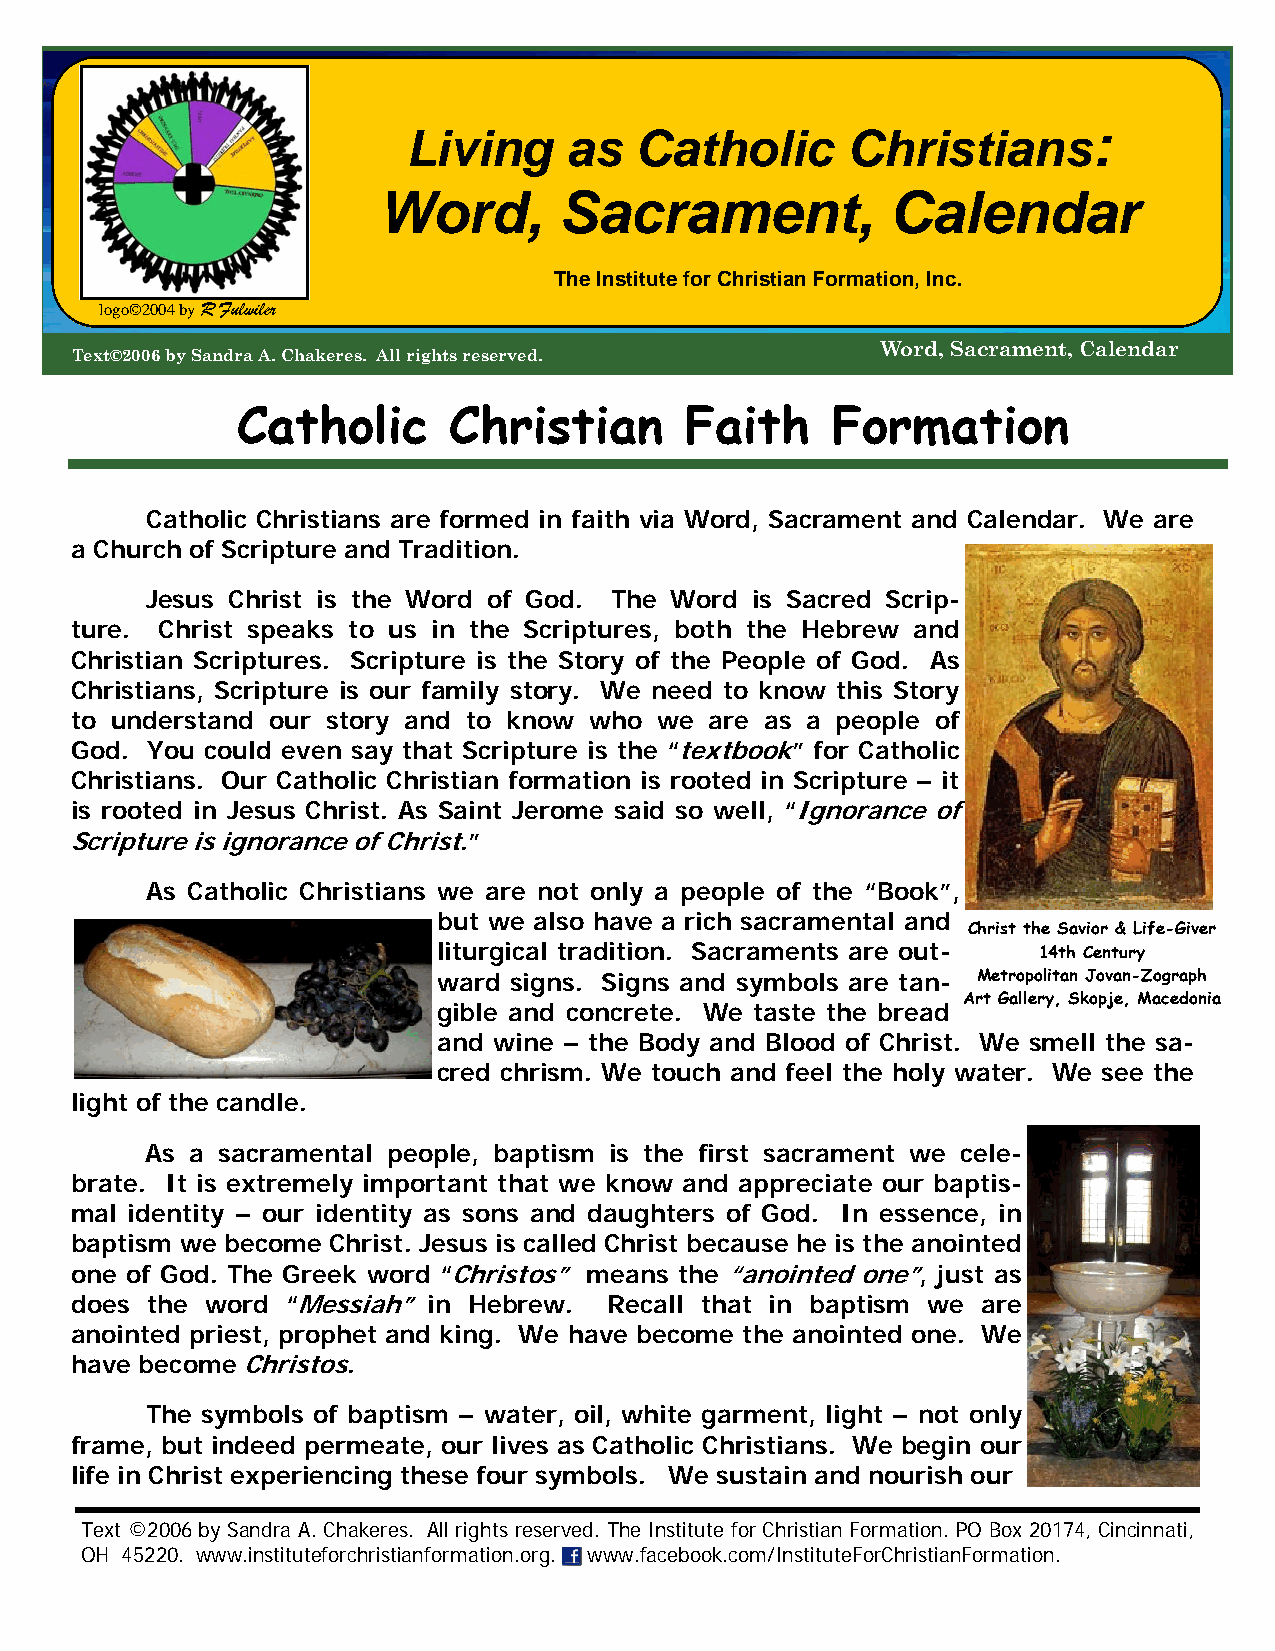
:
 Living     as  Catholic      Christians
 Word,       Sacrament,            Calendar
 The Institute for Christian Formation, Inc.
 logo©2004 by R Fulwiler
 Word, Sacrament, Calendar
 Text©2006 by Sandra A. Chakeres. All rights reserved.
 Catholic      Christian      Faith     Formation
 Catholic Christians are formed in faith via Word, Sacrament and Calendar. We are
 a Church of Scripture and Tradition.
 Jesus Christ is the Word of God. The Word is Sacred Scrip-
 ture. Christ speaks to us in the Scriptures, both the Hebrew and
 Christian Scriptures. Scripture is the Story of the People of God. As
 Christians, Scripture is our family story. We need to know this Story
 to understand our story and to know who we are as a people of
 God. You could even say that Scripture is the “textbook” for Catholic
 Christians. Our Catholic Christian formation is rooted in Scripture – it
 is rooted in Jesus Christ. As Saint Jerome said so well, “Ignorance of
 Scripture is ignorance of Christ.”
 As Catholic Christians we are not only a people of the “Book”,
 but we also have a rich sacramental and
 Christ the Savior & Life-Giver
 liturgical tradition. Sacraments are out- 14th Century
 ward signs. Signs and symbols are tan- Metropolitan Jovan-Zograph
 Art Gallery, Skopje, Macedonia
 gible and concrete. We taste the bread
 and wine – the Body and Blood of Christ. We smell the sa-
 cred chrism. We touch and feel the holy water. We see the
 light of the candle.
 As a sacramental people, baptism is the first sacrament we cele-
 brate. It is extremely important that we know and appreciate our baptis-
 mal identity – our identity as sons and daughters of God. In essence, in
 baptism we become Christ. Jesus is called Christ because he is the anointed
 one of God. The Greek word “Christos” means the “anointed one”, just as
 does the word “Messiah” in Hebrew. Recall that in baptism we are
 anointed priest, prophet and king. We have become the anointed one. We
 have become Christos.
 The symbols of baptism – water, oil, white garment, light – not only
 frame, but indeed permeate, our lives as Catholic Christians. We begin our
 life in Christ experiencing these four symbols. We sustain and nourish our
 Text ©2006 by Sandra A. Chakeres. All rights reserved. The Institute for Christian Formation. PO Box 20174, Cincinnati,
 OH 45220. www.instituteforchristianformation.org. www.facebook.com/InstituteForChristianFormation.